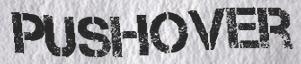
PUSHOVER